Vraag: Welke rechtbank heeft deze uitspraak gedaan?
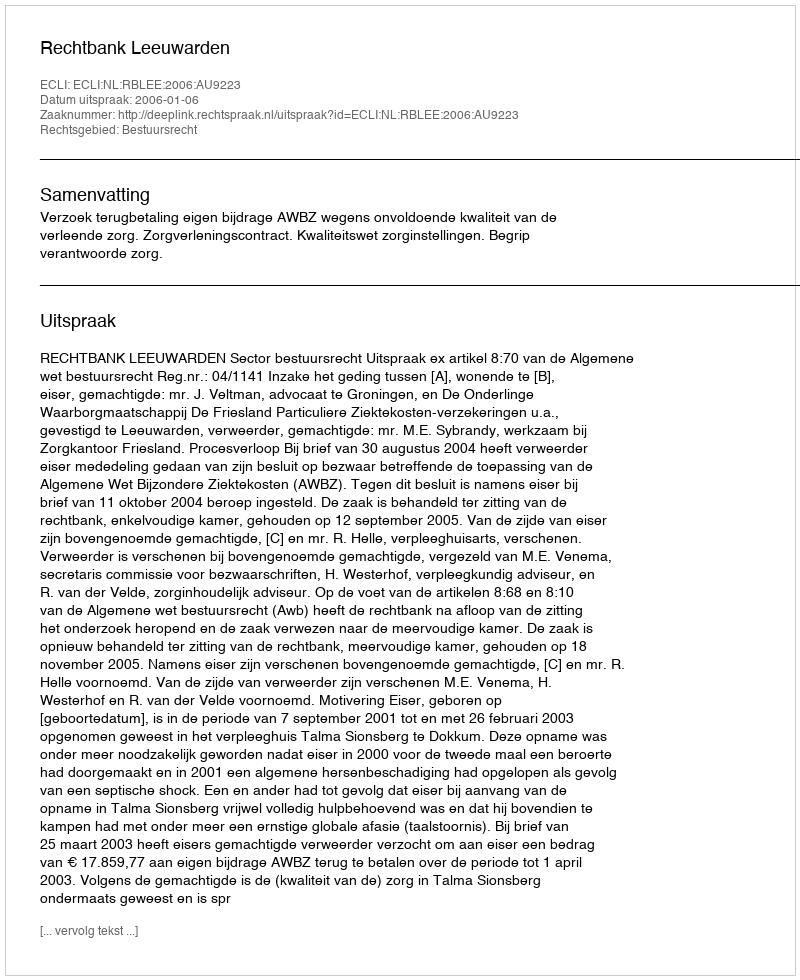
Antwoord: Rechtbank Leeuwarden